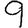
Digit: 9